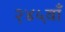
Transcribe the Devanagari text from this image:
२४५वाँ